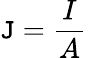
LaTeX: \mathtt{J}={\frac{{I}}{{A}}}\,